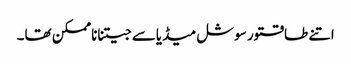
اتنے طاقتور سوشل میڈیاسے جیتناناممکن تھا۔